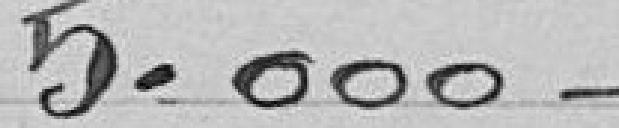
5.000-